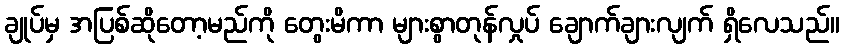
ချုပ်မှ အပြစ်ဆိုတော့မည်ကို တွေးမိကာ များစွာတုန်လှုပ် ချောက်ချားလျက် ရှိလေသည်။